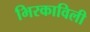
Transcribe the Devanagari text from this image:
भिरकाविली